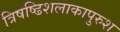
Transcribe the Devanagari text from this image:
त्रिषष्ढिशलाकापुरुश